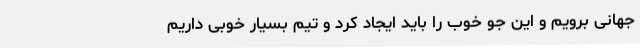
جهانی برویم و این جو خوب را باید ایجاد کرد و تیم بسیار خوبی داریم